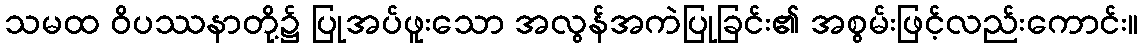
သမထ ဝိပဿနာတို့၌ ပြုအပ်ဖူးသော အလွန်အကဲပြုခြင်း၏ အစွမ်းဖြင့်လည်းကောင်း။